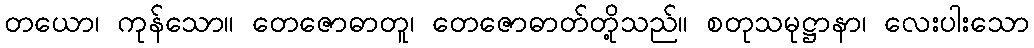
တယော၊ ကုန်သော။ တေဇောဓာတူ၊ တေဇောဓာတ်တို့သည်။ စတုသမုဋ္ဌာနာ၊ လေးပါးသော